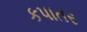
કપાતર